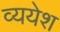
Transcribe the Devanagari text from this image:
व्ययेश